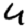
Digit: 4